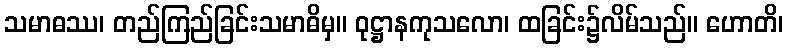
သမာဓဿ၊ တည်ကြည်ခြင်းသမာဓိမှ။ ဝုဋ္ဌာနကုသလော၊ ထခြင်း၌လိမ်သည်။ ဟောတိ၊